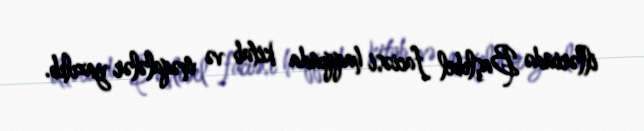
illərində Başlıbel faciəsi haqqında kitab və məqalələr yazılıb.